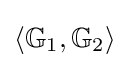
\langle {\mathbb {G} }_{1},{\mathbb {G} }_{2}\rangle